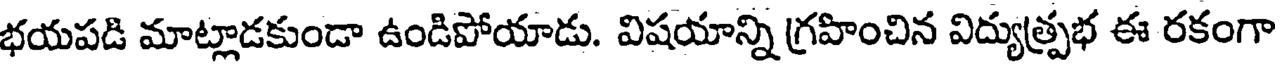
భయపడి మాట్లాడకుండా ఉండిపోయాడు. విషయాన్ని గ్రహించిన విద్యుత్ప్రభ ఈ రకంగా